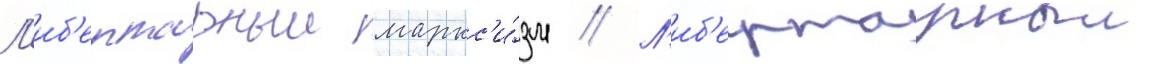
Л'иб'ертарныи маркс'и́зм // Л'иб'ертарныи